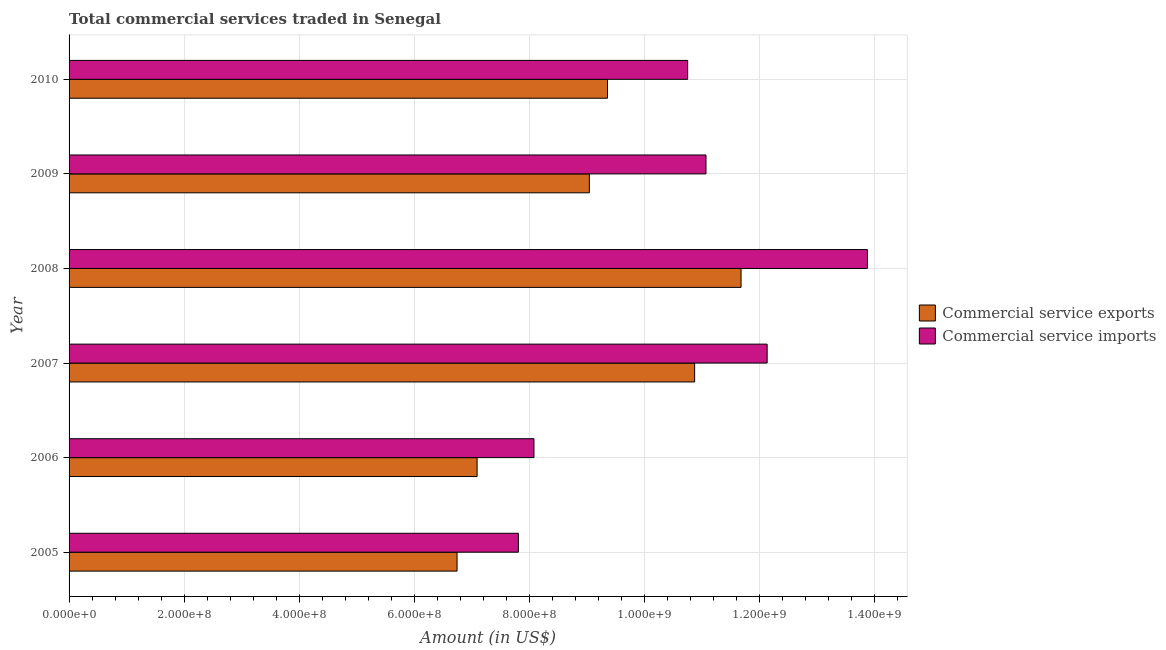
| Year | Commercial service exports | Commercial service imports |
 | --- | --- | --- |
 | 2005 | 6.75e+08 | 7.81e+08 |
 | 2006 | 7.1e+08 | 8.08e+08 |
 | 2007 | 1.09e+09 | 1.21e+09 |
 | 2008 | 1.17e+09 | 1.39e+09 |
 | 2009 | 9.05e+08 | 1.11e+09 |
 | 2010 | 9.36e+08 | 1.08e+09 |